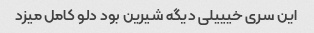
این سری خیییلی دیگه شیرین بود دلو کامل میزد